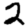
Digit: 2